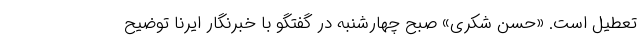
تعطیل است. «حسن شکری» صبح چهارشنبه در گفتگو با خبرنگار ایرنا توضیح